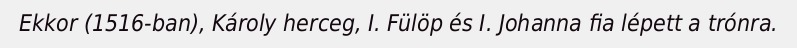
Ekkor (1516-ban), Károly herceg, I. Fülöp és I. Johanna fia lépett a trónra.